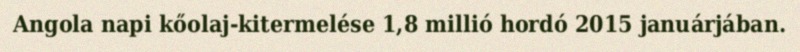
Angola napi kőolaj-kitermelése 1,8 millió hordó 2015 januárjában.